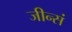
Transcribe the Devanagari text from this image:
जीन्सं